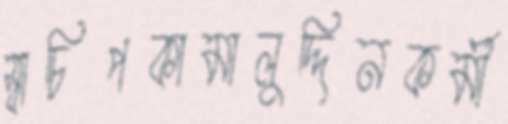
স্বাচিপকামালুদ্দিনকর্মী